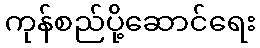
ကုန်စည်ပို့ဆောင်ရေး